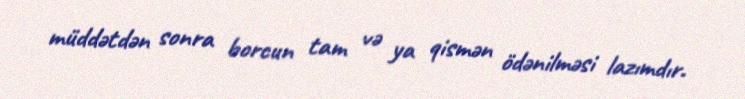
müddətdən sonra borcun tam və ya qismən ödənilməsi lazımdır.